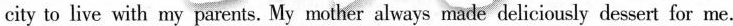
city to live with my parents. My mother always made deliciously dessert for me.